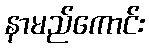
နာမည်ကောင်း